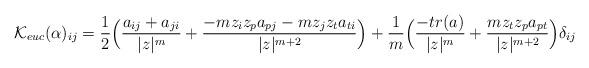
LaTeX: \begin{align*}\mathcal{K}_{euc}(\alpha)_{ij}=\frac{1}{2}\Big{(}\frac{a_{ij}+a_{ji}}{|z|^{m}}+\frac{-m z_{i}z_{p}a_{pj}-m z_{j}z_{t}a_{ti}}{|z|^{m+2}}\Big{)}+\frac{1}{m}\Big{(}\frac{-tr(a)}{|z|^{m}}+\frac{m z_{t}z_{p}a_{pt}}{|z|^{m+2}}\Big{)}\delta_{ij}\end{align*}